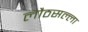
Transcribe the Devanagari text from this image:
लौठसल्ला